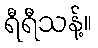
ရီရီသန့်။